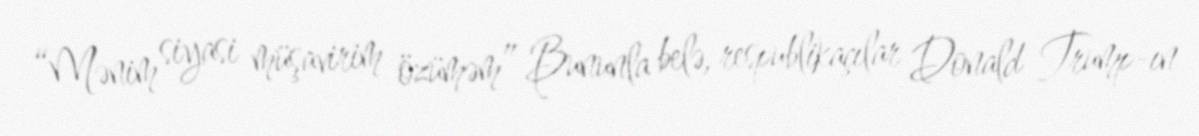
“Mənim siyasi müşavirim özüməm” Bununla belə, respublikaçılar Donald Trump-ın